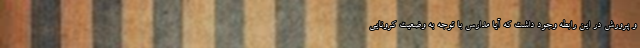
و پرورش در این رابطه وجود داشت که آیا مدارس با توجه به وضعیت کرونایی